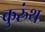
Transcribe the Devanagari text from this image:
कुरुंथ